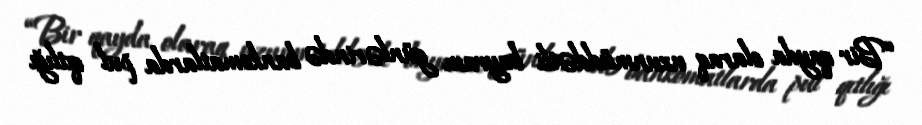
“Bir qayda olaraq uzunmüddətli bayram günlərində bankomatlarda pul qıtlığı